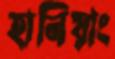
হানিয়াং